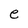
Character: e